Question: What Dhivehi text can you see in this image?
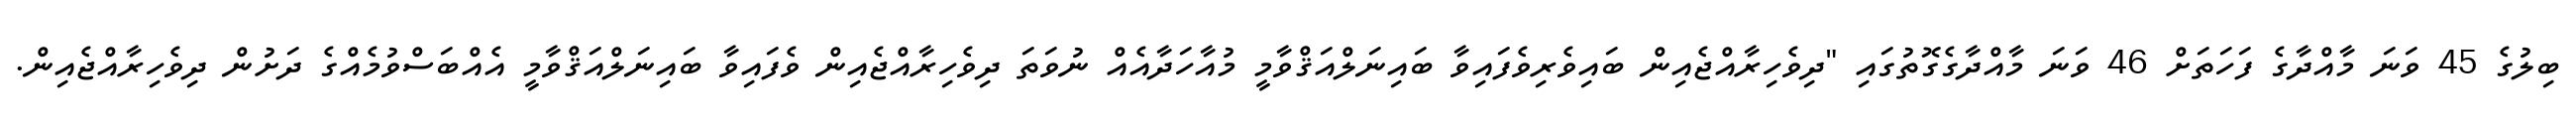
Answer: ބިލުގެ 45 ވަނަ މާއްދާގެ ފަހަތަށް 46 ވަނަ މާއްދާގެގޮތުގައި "ދިވެހިރާއްޖެއިން ބައިވެރިވެފައިވާ ބައިނަލްއަޤްވާމީ މުއާހަދާއެއް ނުވަތަ ދިވެހިރާއްޖެއިން ވެފައިވާ ބައިނަލްއަޤްވާމީ އެއްބަސްވުމެއްގެ ދަށުން ދިވެހިރާއްޖެއިން.